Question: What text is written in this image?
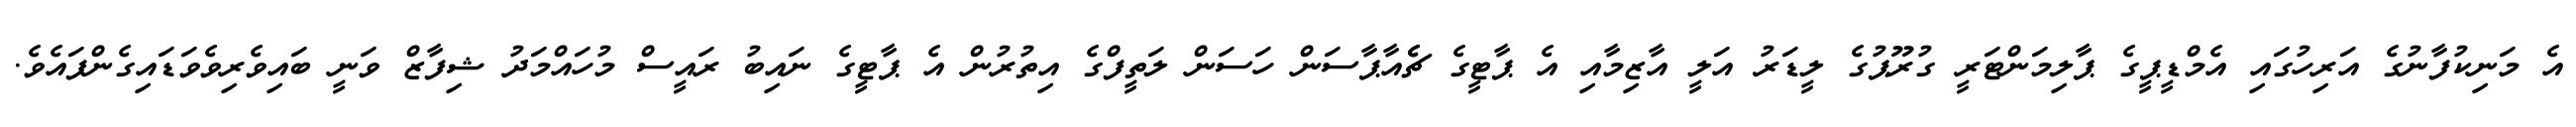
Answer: އެ މަނިކުފާނުގެ އަރިހުގައި އެމްޑީޕީގެ ޕާލިމަންޓަރީ ގުރޫޕުގެ ލީޑަރު އަލީ އާޒިމާއި އެ ޕާޓީގެ ޗެެއާޕާސަން ހަސަން ލަތީފްގެ އިތުރުން އެ ޕާޓީގެ ނައިބު ރައީސް މުހައްމަދު ޝިފާޒް ވަނީ ބައިވެރިވެވަޑައިގެންފައެވެ.